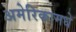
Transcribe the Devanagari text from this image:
अमेरिकामधे